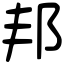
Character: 邦